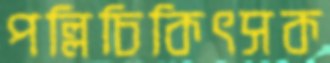
পল্লিচিকিৎসক